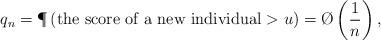
LaTeX: \begin{align*} q_n=\P\left(\hbox{the score of a new individual}>u\right)=\O\left(\frac{1}{n}\right),\end{align*}